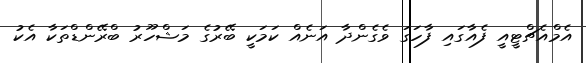
އެމްއެޗްޓީއީ ފެއާގައި ފާހަގަ ވެގެންދާ އަނެއް ކަމަކީ ބޭރުގެ މަޝްހޫރު ބްރޭންޑްތަކާ އެކު